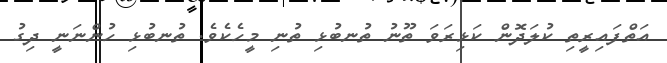
އަތްފައިރީތި ކުލަދޮން ކަޅިރަވަ ތޫނު ތުނބުޅި ތުނި މީހެކެވެ. ތުނބުޅި ހުންނަނީ ދިގު